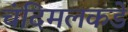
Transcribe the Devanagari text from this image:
चंदिमलकडे